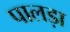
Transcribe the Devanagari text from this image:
पालड़ा